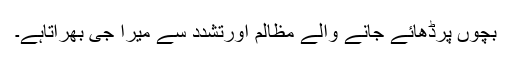
بچوں پرڈھائے جانے والے مظالم اورتشدد سے میرا جی بھرآتاہے۔